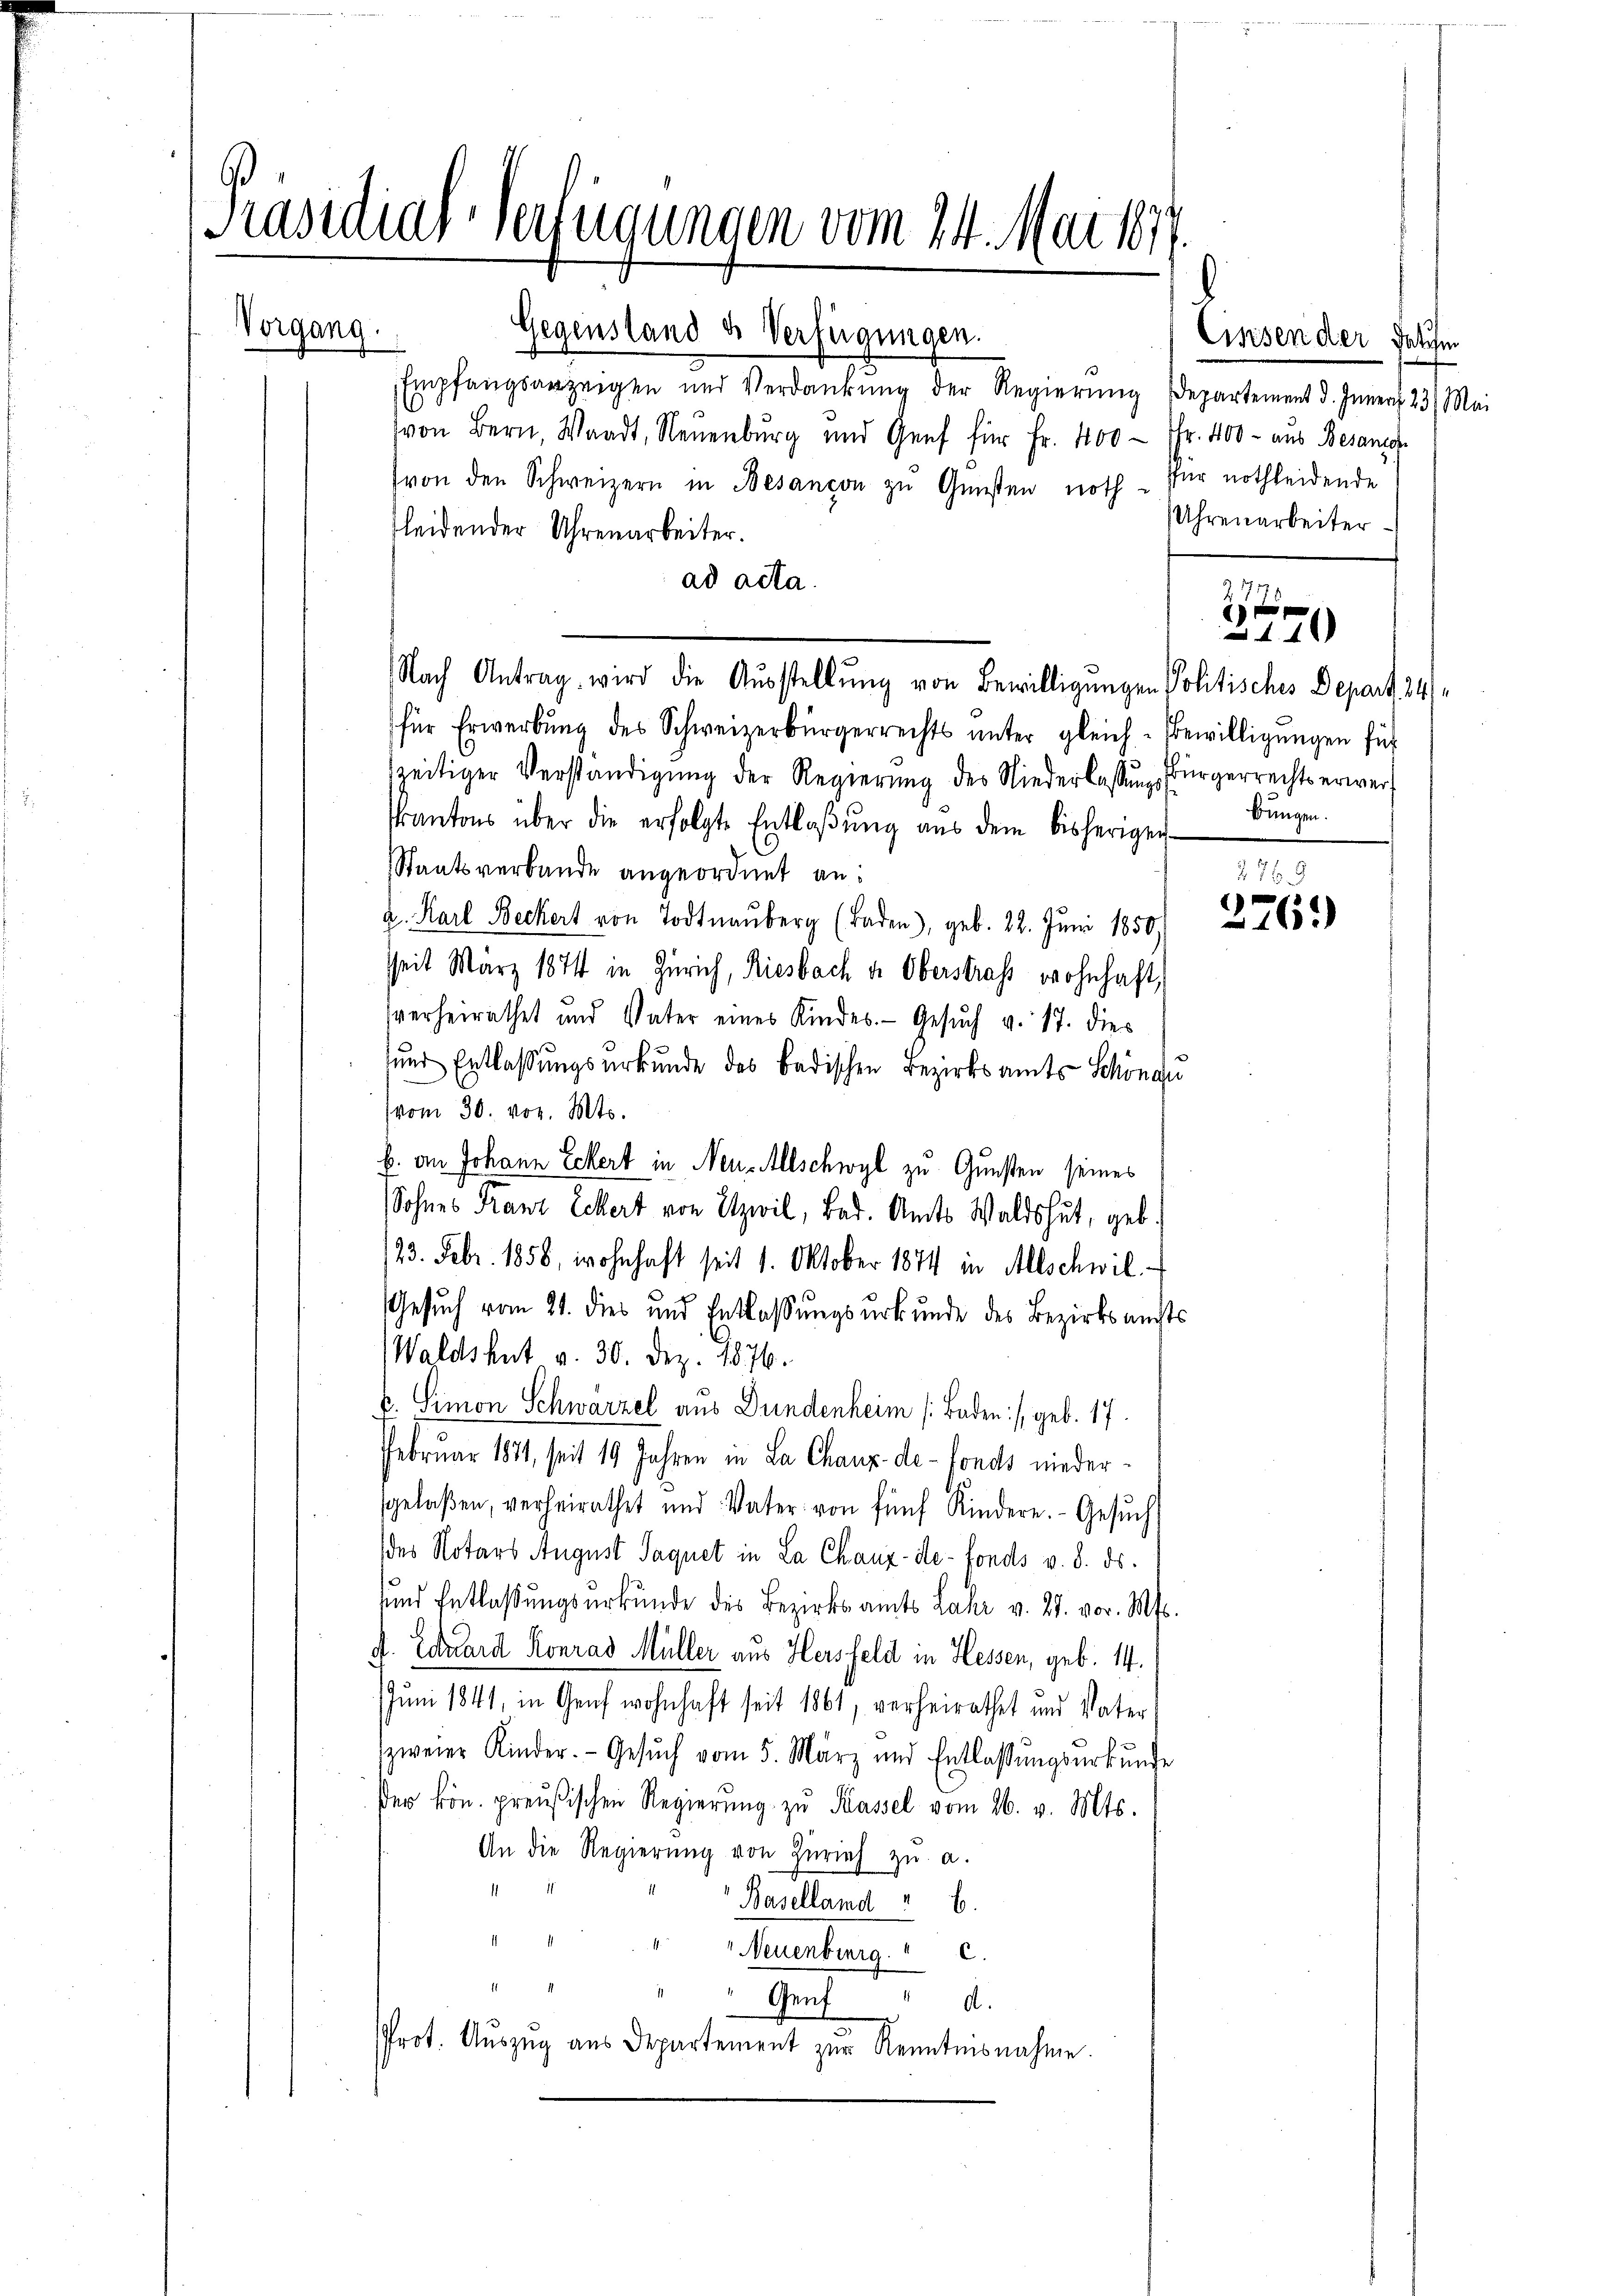
Präsidial-Verfügungen vom 24. Mai 1877.
Vorgang.

Gegenstand des Verfügungen.
Empfangsanzeigen und Verdankŭng der Regierŭng Departement d. Inner 23. Mai
von Bern, Waadt, Neuenburg und Genf für Fr. 400 Fr. 400 - aus Besanor
(von den Schweizern in Besançon zu Gunsten noth für nothleidende
kleidender Uhrenarbeiter.
ad acta.
Nach Antrag wird die Aŭsstellŭng von Bewilligungen Politisches Depart. 24
für Erwerbŭng des Schweizerbürgerrechts unter gleich-Bewilligungen für
zeitiger Verständigŭng der Regierŭng des Niederlassŭngsbürgerrechts erwer¬
Kantons über die erfolgte Entlaßung aus dem bisheriger
Staatsverbunde angeordnet an:
a. Karl Beckert von Todtnauberg (Baden), geb. 22. Juni 1850.
seit März 1874 in Zürich, Riesbach dr Oberstraf wohnhaft,
sverheirathet und Vater eines Kindes. Gesuch v. 17. dies
sund Entlassungsurkunde des Badischen Bezirksamts Schönau
vom 30. vor. Mts.
b. an Johann Eckert in Neu-Allschwyl zu Gunsten seines
Sohnes Franz Eckert von Itzwil, Bad. Amts Waldshut, geb
123. Febr. 1858, wohnhaft seit 1. Oktober 1874 in Allschwil
Gesuch vom 21. dies und Entlassŭngsŭrkŭnde des Bezirksamts
Waldshut v. 30. Dez. 1876.
b. Simon Schwarzel aus Bundenheim (Baden :/ geb. 17.
Februar 1871, seit 19 Jahren in La Chaux-de-Fonds niedersgelaßen, verheirathet und Vater von fünf Kindere. Gesŭch
des Notars August Saquet in La Chaux-de-Fonds v. 8. ds.
sund Entlaßungsurkunde des Bezirksamts Lahr v. 27. vor. Mts.
J. Eduard Konrad Müller aus Hersfeld in Hessen, geb. 14.
Juni 1841, in Genf wohnhaft seit 1861, verheirathet und Vater
zweier Kinder. Gesŭch vom 5. März und Entlassŭngsŭrkŭnde
er kön. preußischen Regierŭng zŭ Kassel vom 26. v. Mts.
An die Regierŭng von Zürich zŭ a.
Baselland " 6.
Neuenburg.  .
Gute
Prot. Aŭszŭg aŭs Departement zŭr Kenntnisnahme.

Einsen der Felsen
Uhrenarbeiter
271

Bungen.

2146)

2769
276)